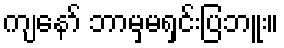
ကျနော် ဘာမှမရှင်းပြဘူး။